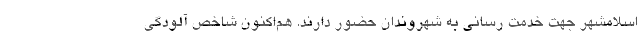
اسلامشهر جهت خدمت رسانی به شهروندان حضور دارند. هم‌اکنون شاخص آلودگی